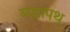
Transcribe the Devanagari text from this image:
व्य्घ्रापथ